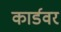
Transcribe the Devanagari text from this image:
कार्डवर